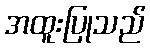
အထူးပြုသည်